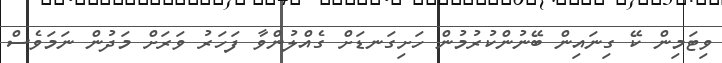
ވިޓަމިން ކޭ ގިނައިން ބޭނުންކުރުމުން ހަށިގަނޑަށް ގެއްލުންވާ ފަހަރު ވަރަށް މަދުން ނަމަވެސް